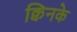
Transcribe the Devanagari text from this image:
क्विनके